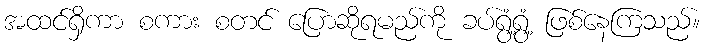
အထင်ရှိကာ စကား စတင် ပြောဆိုရမည်ကို ခပ်ရွံ့ရွံ့ ဖြစ်နေကြသည်။